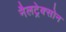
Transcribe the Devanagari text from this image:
नैलट्रेक्सोन